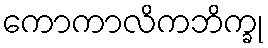
ကောကာလိကဘိက္ခု